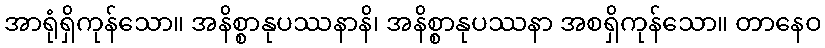
အာရုံရှိကုန်သော။ အနိစ္စာနုပဿနာနိ၊ အနိစ္စာနုပဿနာ အစရှိကုန်သော။ တာနေဝ